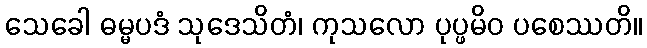
သေခေါ ဓမ္မပဒံ သုဒေသိတံ၊ ကုသလော ပုပ္ဖမိဝ ပစေဿတိ။